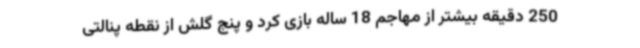
250 دقیقه بیشتر از مهاجم 18 ساله بازی کرد و پنج گلش از نقطه پنالتی